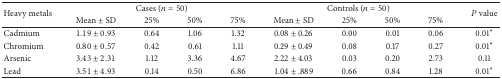
<table><thead><tr><td rowspan="2"><b>Heavy metals</b></td><td colspan="4"><b>Cases (<i>n</i> = 50)</b></td><td colspan="4"><b>Controls (<i>n</i> = 50) </b></td><td rowspan="2"><b><i>P</i> value</b></td></tr><tr><td><b>Mean ± SD</b></td><td><b>25%</b></td><td><b>50%</b></td><td><b>75%</b></td><td><b>Mean ± SD</b></td><td><b>25%</b></td><td><b>50%</b></td><td><b>75%</b></td></tr></thead><tbody><tr><td>Cadmium</td><td>1.19 ± 0.93</td><td>0.64</td><td>1.06</td><td>1.32</td><td>0.08 ± 0.26</td><td>0.00</td><td>0.01</td><td>0.06</td><td>0.01*</td></tr><tr><td>Chromium</td><td>0.80 ± 0.57</td><td>0.42</td><td>0.61</td><td>1.11</td><td>0.29 ± 0.49</td><td>0.08</td><td>0.17</td><td>0.27</td><td>0.01*</td></tr><tr><td>Arsenic</td><td>3.43 ± 2.31</td><td>1.12</td><td>3.36</td><td>4.67</td><td>2.22 ± 4.03</td><td>0.03</td><td>0.20</td><td>2.73</td><td>0.11</td></tr><tr><td>Lead</td><td>3.51 ± 4.93</td><td>0.14</td><td>0.50</td><td>6.86</td><td>1.04 ± .889</td><td>0.66</td><td>0.84</td><td>1.28</td><td>0.01*</td></tr></tbody></table>